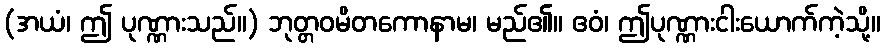
(အယံ၊ ဤ ပုဏ္ဏားသည်။) ဘုတ္တဝမိတကောနာမ၊ မည်၏။ ဧဝံ၊ ဤပုဏ္ဏားငါးယောက်ကဲ့သို့။